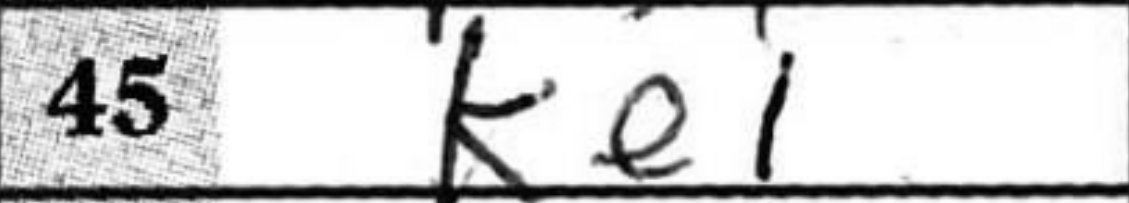
Transcription: Ke1